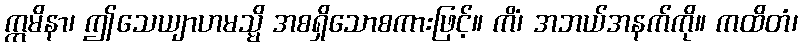
ဣမိနာ၊ ဤသေယျာဟမသ္မိ အစရှိသောစကားဖြင့်။ ကိံ၊ အဘယ်အနက်ကို။ ကထိတံ၊